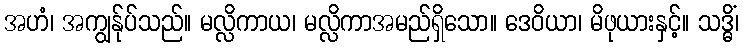
အဟံ၊ အကျွန်ုပ်သည်။ မလ္လိကာယ၊ မလ္လိကာအမည်ရှိသော။ ဒေဝိယာ၊ မိဖုယားနှင့်။ သဒ္ဓိံ၊